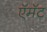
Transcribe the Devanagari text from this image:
ऍमॅट